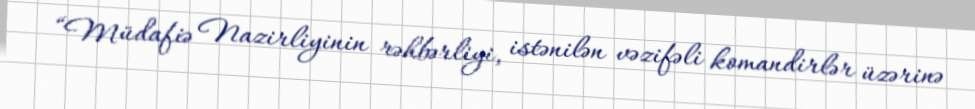
“Müdafiə Nazirliyinin rəhbərliyi, istənilən vəzifəli komandirlər üzərinə